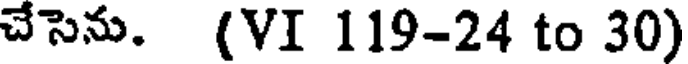
చేసెను. (VI 119-24 to 30)